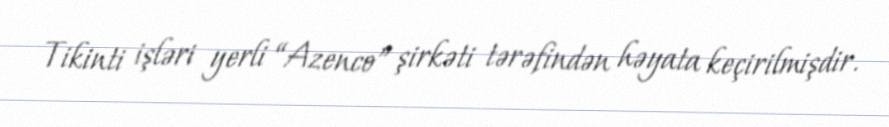
Tikinti işləri yerli “Azenco” şirkəti tərəfindən həyata keçirilmişdir.